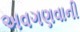
અવગણવાની